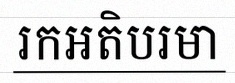
រកអតិបរមា